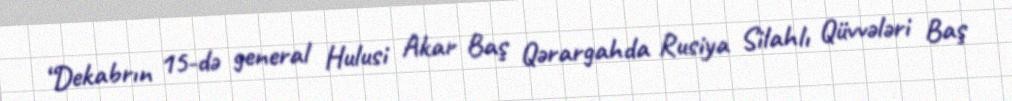
“Dekabrın 15-də general Hulusi Akar Baş Qərargahda Rusiya Silahlı Qüvvələri Baş